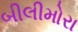
બીલીમોરા